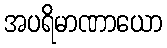
အပရိမာဏာယော